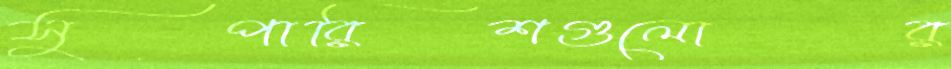
সুপারিশগুলোর